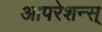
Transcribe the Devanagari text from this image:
आपरेशन्स्